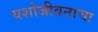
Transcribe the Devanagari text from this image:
यशोजीवनाचा